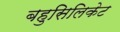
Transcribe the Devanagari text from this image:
बहुसिलिकेट